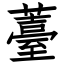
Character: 薹